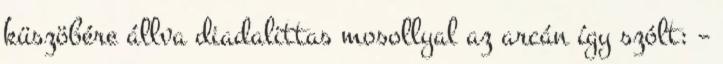
küszöbére állva diadalittas mosollyal az arcán így szólt: –